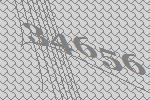
34656